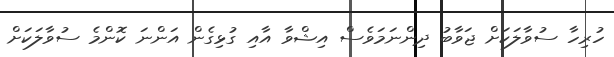
ހުރިހާ ސުވާލަކަށް ޖަވާބު ދިންނަމަވެސް އިޝްވާ އާއި ގުޅިގެން އަންނަ ކޮންމެ ސުވާލަކަށް